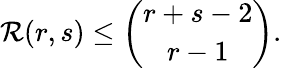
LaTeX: \mathcal{R}(r,s)\leq{\binom{r+s-2}{r-1}}.